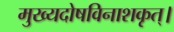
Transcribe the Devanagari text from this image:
मुख्यदोषविनाशकृत्।